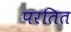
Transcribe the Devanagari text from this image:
परतित